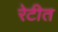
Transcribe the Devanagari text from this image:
रेटीत